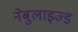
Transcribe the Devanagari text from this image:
नेबुलाइज्ड